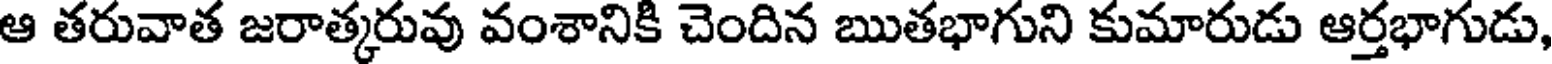
ఆ తరువాత జరాత్కరువు వంశానికి చెందిన ఋతభాగుని కుమారుడు ఆర్తభాగుడు,